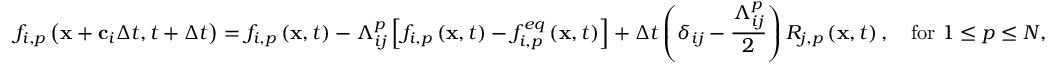
f _ { i , p } \left( \mathbf { x } + \mathbf { c } _ { i } \Delta t , t + \Delta t \right) = f _ { i , p } \left( \mathbf { x } , t \right) - \Lambda _ { i j } ^ { p } \left[ f _ { i , p } \left( \mathbf { x } , t \right) - f _ { i , p } ^ { e q } \left( \mathbf { x } , t \right) \right] + \Delta t \left( \delta _ { i j } - \frac { \Lambda _ { i j } ^ { p } } { 2 } \right) R _ { j , p } \left( \mathbf { x } , t \right) , \quad \mathrm { f o r ~ } 1 \leq p \leq N ,